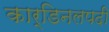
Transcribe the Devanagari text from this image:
कार्डिनलपदी